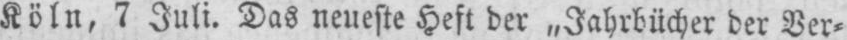
Köln, 7 Juli. Das neueste Heft der „Jahrbücher der Ver⸗